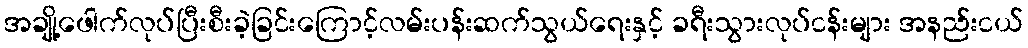
အချို့ဖေါက်လုပ်ပြီးစီးခဲ့ခြင်းကြောင့်လမ်းပန်းဆက်သွယ်ရေးနှင့် ခရီးသွားလုပ်ငန်းများ အနည်းငယ်